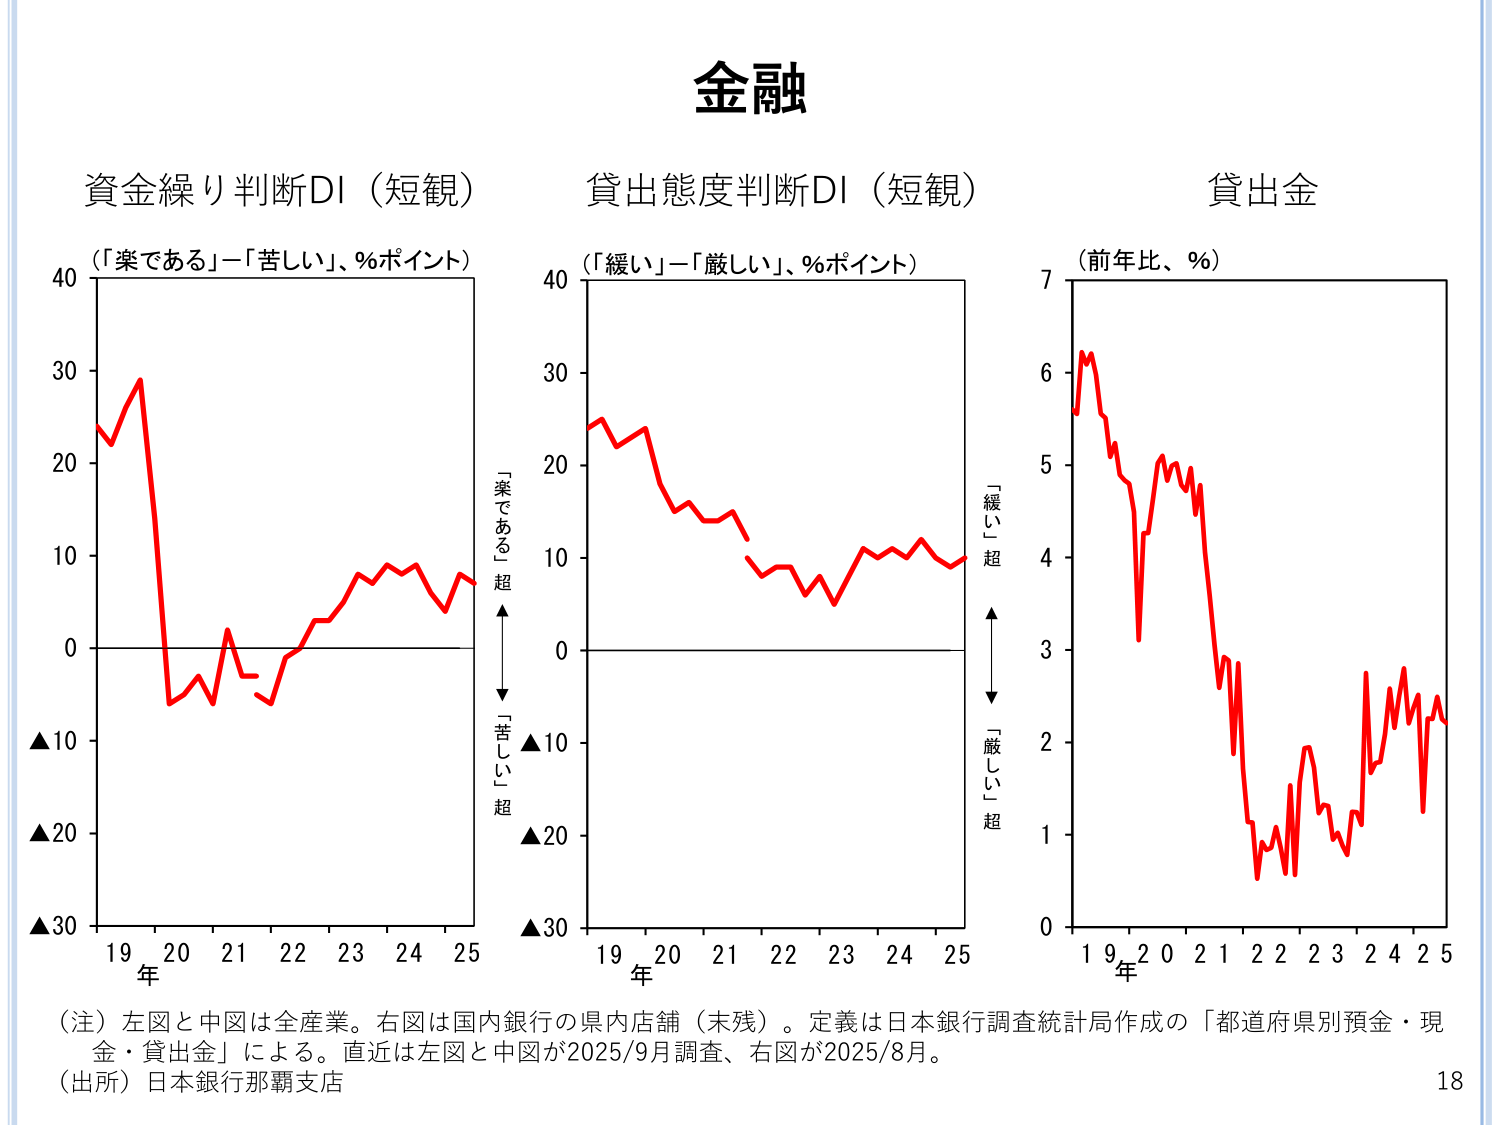
金融

資金繰り判断DI（短観）
（「楽である」－「苦しい」、％ポイント）

貸出態度判断DI（短観）
（「緩い」－「厳しい」、％ポイント）

貸出金
（前年比、％）

「楽である」超
「苦しい」超

「緩い」超
「厳しい」超

年
19 20 21 22 23 24 25

年
19 20 21 22 23 24 25

年
1 9 2 0 2 1 2 2 2 3 2 4 2 5

（注）左図と中図は全産業。右図は国内銀行の県内店舗（未残）。定義は日本銀行調査統計局作成の「都道府県別預金・現金・貸出金」による。直近は左図と中図が2025/9月調査、右図が2025/8月。
（出所）日本銀行那覇支店

18